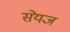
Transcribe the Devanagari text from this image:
सेयज